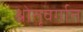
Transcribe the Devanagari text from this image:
श्रोतृवर्गात